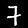
Label: 7